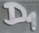
Text: D1